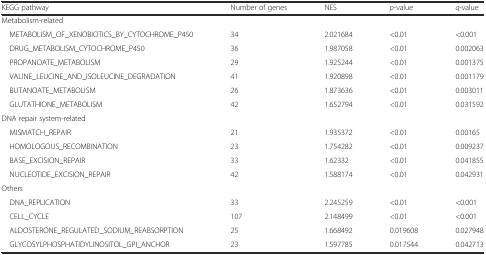
<table><thead><tr><td><b>KEGG pathway</b></td><td><b>Number of genes</b></td><td><b>NES</b></td><td><b><i>p</i>-value</b></td><td><b><i>q</i>-value</b></td></tr></thead><tbody><tr><td colspan="5">Metabolism-related</td></tr><tr><td> METABOLISM_OF_XENOBIOTICS_BY_CYTOCHROME_P450</td><td>34</td><td>2.021684</td><td>&lt;0.01</td><td>&lt;0.001</td></tr><tr><td> DRUG_METABOLISM_CYTOCHROME_P450</td><td>36</td><td>1.987058</td><td>&lt;0.01</td><td>0.002063</td></tr><tr><td> PROPANOATE_METABOLISM</td><td>29</td><td>1.925244</td><td>&lt;0.01</td><td>0.001375</td></tr><tr><td> VALINE_LEUCINE_AND_ISOLEUCINE_DEGRADATION</td><td>41</td><td>1.920898</td><td>&lt;0.01</td><td>0.001179</td></tr><tr><td> BUTANOATE_METABOLISM</td><td>26</td><td>1.873636</td><td>&lt;0.01</td><td>0.003011</td></tr><tr><td> GLUTATHIONE_METABOLISM</td><td>42</td><td>1.652794</td><td>&lt;0.01</td><td>0.031592</td></tr><tr><td colspan="5">DNA repair system-related</td></tr><tr><td> MISMATCH_REPAIR</td><td>21</td><td>1.935372</td><td>&lt;0.01</td><td>0.00165</td></tr><tr><td> HOMOLOGOUS_RECOMBINATION</td><td>23</td><td>1.754282</td><td>&lt;0.01</td><td>0.009237</td></tr><tr><td> BASE_EXCISION_REPAIR</td><td>33</td><td>1.62332</td><td>&lt;0.01</td><td>0.041855</td></tr><tr><td> NUCLEOTIDE_EXCISION_REPAIR</td><td>42</td><td>1.588174</td><td>&lt;0.01</td><td>0.042931</td></tr><tr><td colspan="5">Others</td></tr><tr><td> DNA_REPLICATION</td><td>33</td><td>2.245259</td><td>&lt;0.01</td><td>&lt;0.001</td></tr><tr><td> CELL_CYCLE</td><td>107</td><td>2.148499</td><td>&lt;0.01</td><td>&lt;0.001</td></tr><tr><td> ALDOSTERONE_REGULATED_SODIUM_REABSORPTION</td><td>25</td><td>1.668492</td><td>0.019608</td><td>0.027948</td></tr><tr><td> GLYCOSYLPHOSPHATIDYLINOSITOL_GPI_ANCHOR</td><td>23</td><td>1.597785</td><td>0.017544</td><td>0.042713</td></tr></tbody></table>